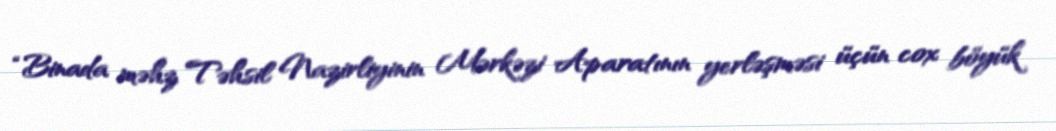
“Binada məhz Təhsil Nazirliyinin Mərkəzi Aparatının yerləşməsi üçün cox böyük